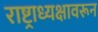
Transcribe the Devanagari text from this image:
राष्ट्राध्यक्षावरून